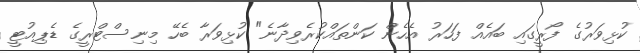
ކުޅިވަރުގެ ފޯރީގައި ބައެއް ފަހަރު އެހެން ކަންތައްކުރެވިދާނެ" ކުޅިވަރާ ބެހޭ މިނިސްޓްރީގެ ޑެޕިއުޓީ